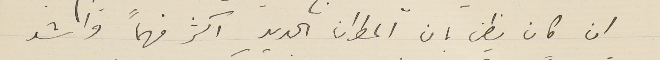
ان كان يظن بان المطران الجديد اكثر فهماً واشد